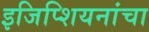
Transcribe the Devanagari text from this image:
इजिप्शियनांचा